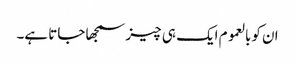
ان کوبالعموم ایک ہی چیز سمجھا جاتا ہے۔